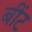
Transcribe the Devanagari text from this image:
बींट